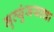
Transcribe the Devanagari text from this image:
मृत्युंजयाचा